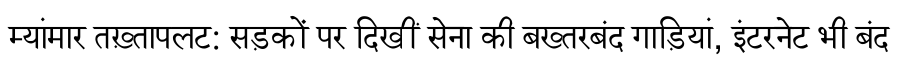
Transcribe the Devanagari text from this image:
म्यांमार तख़्तापलट: सड़कों पर दिखीं सेना की बख्तरबंद गाड़ियां, इंटरनेट भी बंद